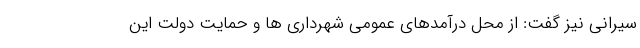
سیرانی نیز گفت: از محل درآمدهای عمومی شهرداری ها و حمایت دولت این